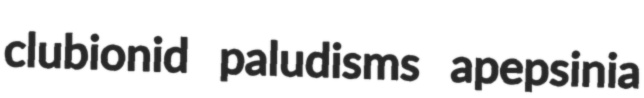
clubionid paludisms apepsinia